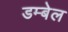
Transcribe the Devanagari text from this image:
डम्बेल